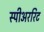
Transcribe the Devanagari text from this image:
स्पीअररिट